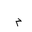
Letter: _mim